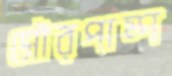
সৌরপাম্প